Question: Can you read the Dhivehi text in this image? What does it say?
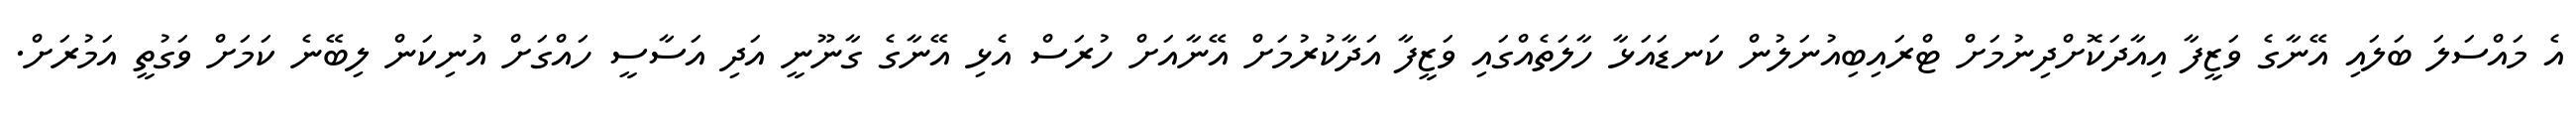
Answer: އެ މައްސަލަ ބަލައި އޭނާގެ ވަޒީފާ އިއާދަކޮށްދިނުމަށް ޓްރައިބިއުނަލުން ކަނޑައަޅާ ހާލަތެއްގައި ވަޒީފާ އަދާކުރުމަށް އޭނާއަށް ހުރަސް އެޅި އޭނާގެ ގާނޫނީ އަދި އަސާސީ ހައްގަށް އުނިކަން ލިބޭނެ ކަމަށް ވަގުތީ އަމުރަށް.